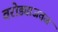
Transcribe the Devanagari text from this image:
वरोड्याजवळ